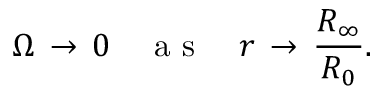
\Omega \, \to \, 0 \ \ \ \mathrm { ~ a ~ s ~ } \ \ \ r \, \to \, \frac { R _ { \infty } } { R _ { 0 } } .